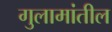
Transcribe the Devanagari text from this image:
गुलामांतील